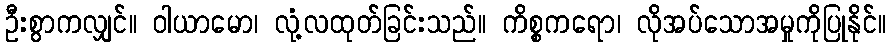
ဦးစွာကလျှင်။ ဝါယာမော၊ လုံ့လထုတ်ခြင်းသည်။ ကိစ္စကရော၊ လိုအပ်သောအမှုကိုပြုနိုင်။